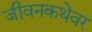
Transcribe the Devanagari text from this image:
जीवनकथेवर